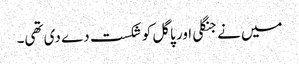
میں نے جنگلی اور پاگل کو شکست دے دی تھی۔